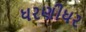
ધરણીધર